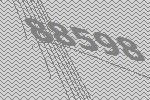
88598